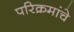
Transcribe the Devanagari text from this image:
परिक्रमांचे